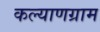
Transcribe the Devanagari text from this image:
कल्याणग्राम